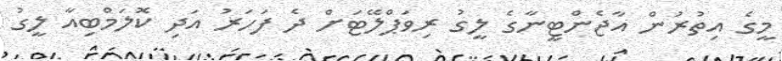
މީގެ އިތުރުން އާޖެންޓީނާގެ ލީގު ރިވަޕްލޭޓަށް ދެ ފަހަރު އަދި ކޮލަމްބިއާ ލީގު